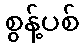
စွန့်ပစ်